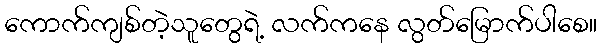
ကောက်ကျစ်တဲ့သူတွေရဲ့ လက်ကနေ လွတ်မြောက်ပါစေ။